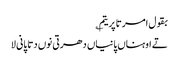
بقول امرتا پریتم ؎
تے اوہناں پانیاں دھرتی نوں دتا پانی لا